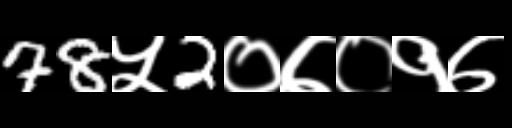
Text: 78५2०७०१७